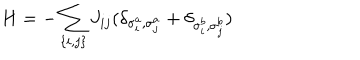
LaTeX: H = - \sum _ { \{ i , j \} } J _ { i j } ( \delta _ { \sigma _ { i } ^ { a } , \sigma _ { j } ^ { a } } + \delta _ { \sigma _ { i } ^ { b } , \sigma _ { j } ^ { b } } )